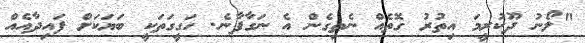
"ލޯނު ދޫކުރީމަ އިތުރު ގޮތެއް ނެތިގެން އެ ނަގާފާނެ. ހަގީގަތަކީ ބަޔަކަށް ފައިދާއެއް